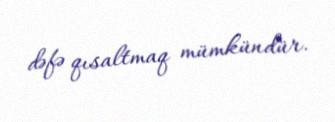
dəfə qısaltmaq mümkündür.